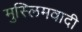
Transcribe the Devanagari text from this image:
मुस्लिमवादी